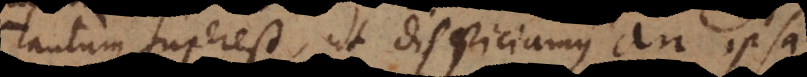
tantum superest, ut dispiciamus an ipsa